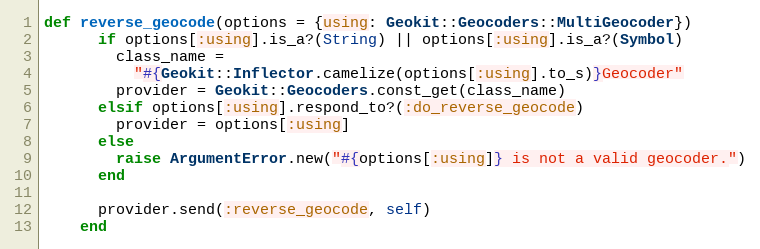
Language: Ruby
def reverse_geocode(options = {using: Geokit::Geocoders::MultiGeocoder})
      if options[:using].is_a?(String) || options[:using].is_a?(Symbol)
        class_name =
          "#{Geokit::Inflector.camelize(options[:using].to_s)}Geocoder"
        provider = Geokit::Geocoders.const_get(class_name)
      elsif options[:using].respond_to?(:do_reverse_geocode)
        provider = options[:using]
      else
        raise ArgumentError.new("#{options[:using]} is not a valid geocoder.")
      end

      provider.send(:reverse_geocode, self)
    end